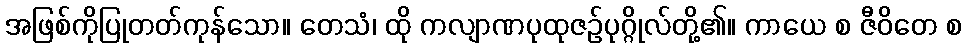
အဖြစ်ကိုပြုတတ်ကုန်သော။ တေသံ၊ ထို ကလျာဏပုထုဇဉ်ပုဂ္ဂိုလ်တို့၏။ ကာယေ စ ဇီဝိတေ စ